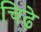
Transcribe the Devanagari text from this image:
चिढ़े